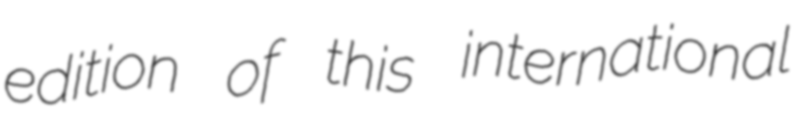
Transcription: edition of this international